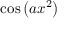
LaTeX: \cos \left( a x ^ { 2 } \right)